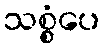
သစ္စံပေ